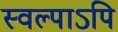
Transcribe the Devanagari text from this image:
स्वल्पाऽपि